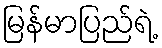
မြန်မာပြည်ရဲ့